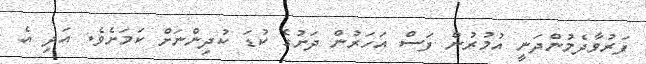
ފަރުވާދެމުންދަނީ އުމުރުން ފަސް އަހަރުން ދަށުގެ ކުޑަ ކުދިންނަށް ކަމަށެވެ. އަދި އެ